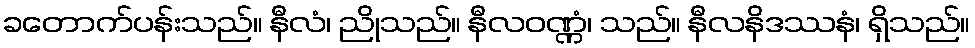
ခတောက်ပန်းသည်။ နီလံ၊ ညိုသည်။ နီလဝဏ္ဏံ၊ သည်။ နီလနိဒဿနံ၊ ရှိသည်။